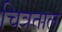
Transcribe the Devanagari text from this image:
चित्रताल